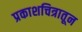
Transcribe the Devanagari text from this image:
प्रकाशचित्रातून